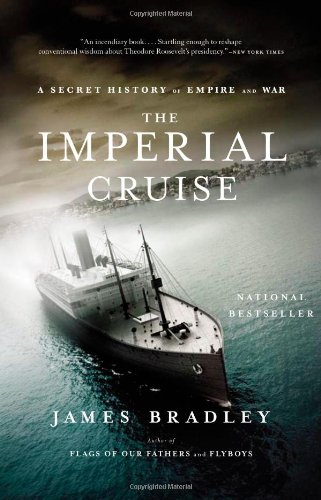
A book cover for The Imperial Cruise: A Secret History of Empire and War; James Bradley; History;